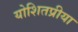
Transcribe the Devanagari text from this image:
योशितप्रीया